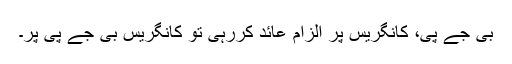
بی جے پی، کانگریس پر الزام عائد کررہی تو کانگریس بی جے پی پر۔